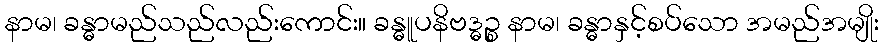
နာမ၊ ခန္ဓာမည်သည်လည်းကောင်း။ ခန္ဓူပနိဗဒ္ဓဉ္စ နာမ၊ ခန္ဓာနှင့်စပ်သော အမည်အမျိုး